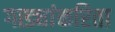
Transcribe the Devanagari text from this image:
गाड्यांकरिता